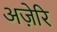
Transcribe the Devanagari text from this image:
अज़ेरि